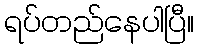
ရပ်တည်နေပါပြီ။